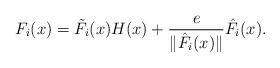
LaTeX: \begin{align*}F_i(x)=\tilde{F}_i(x)H(x)+\frac{e}{\|\hat{F}_i(x)\|}\hat{F}_i(x). \end{align*}